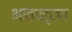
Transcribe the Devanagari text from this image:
भावपट्टण